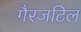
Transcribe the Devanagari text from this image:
गैरजटिल